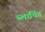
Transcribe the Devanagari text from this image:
ब्लांचिंग